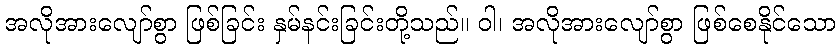
အလိုအားလျော်စွာ ဖြစ်ခြင်း နှမ်နင်းခြင်းတို့သည်။ ဝါ၊ အလိုအားလျော်စွာ ဖြစ်စေနိုင်သော